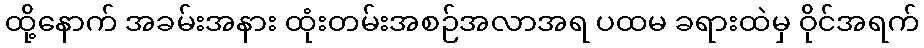
ထို့နောက် အခမ်းအနား ထုံးတမ်းအစဉ်အလာအရ ပထမ ခရားထဲမှ ဝိုင်အရက်